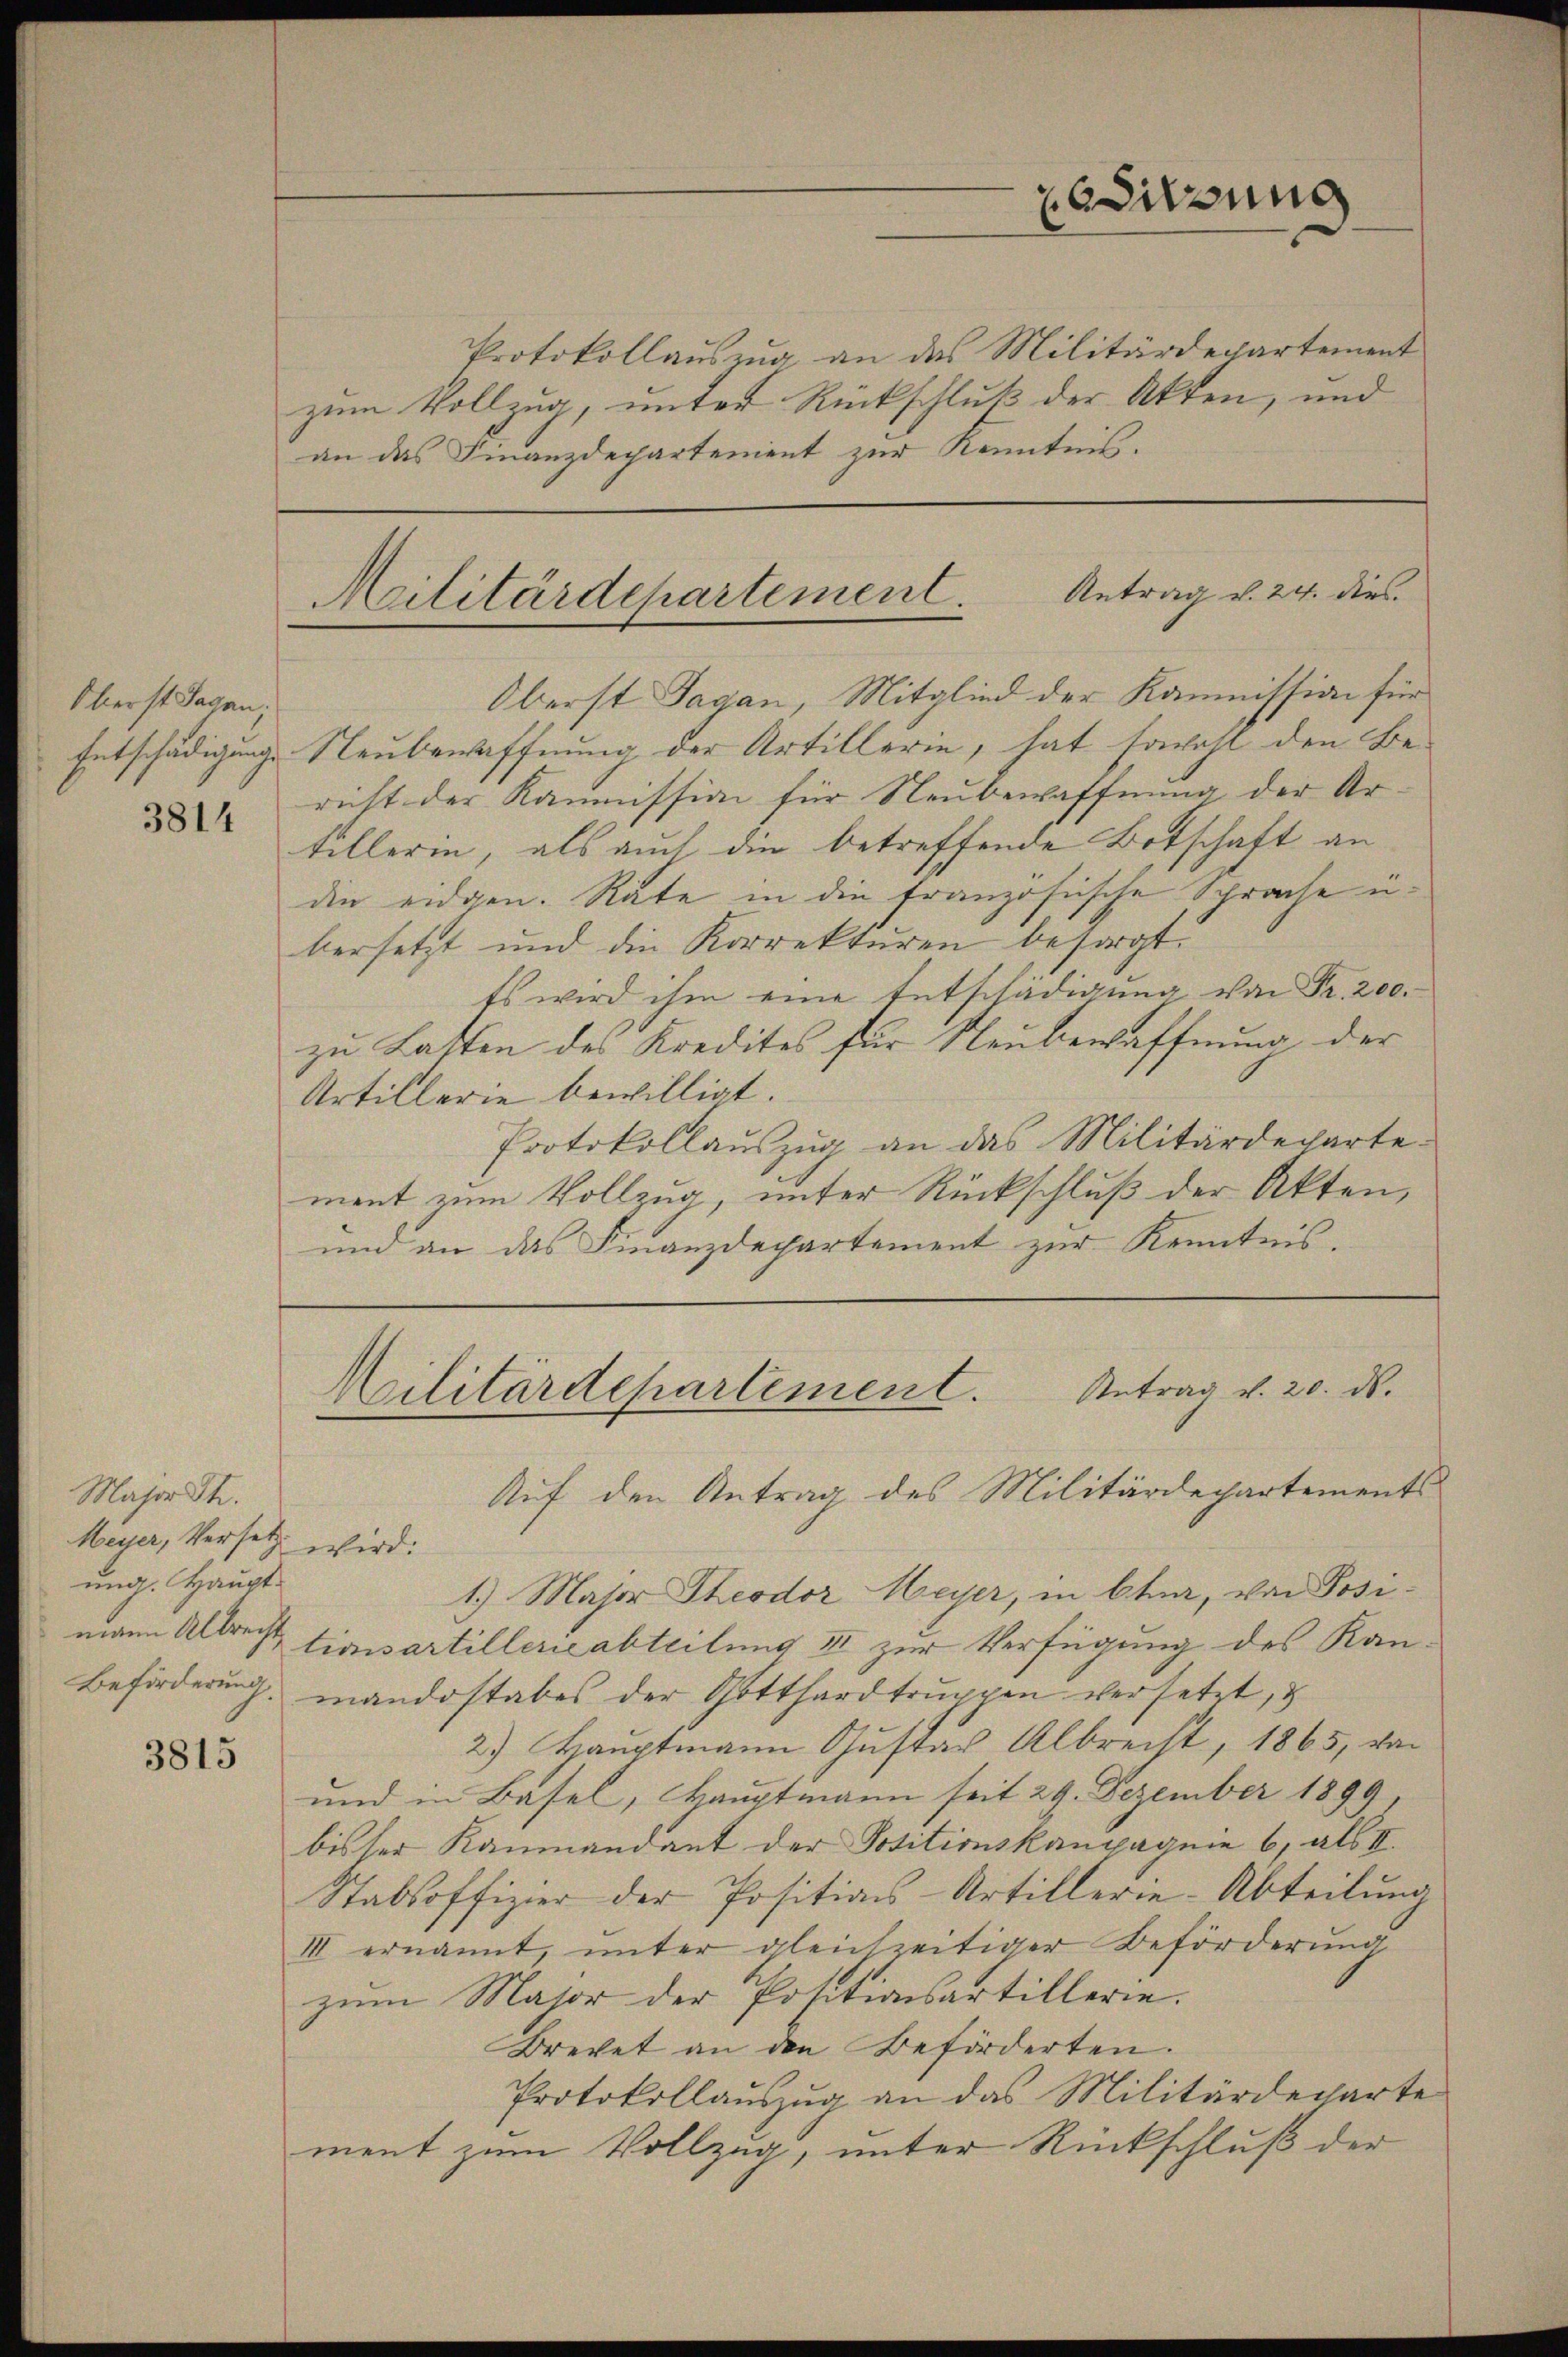
Oberst Jagan;
Entschädigungs

3814

Major dh.
Meyer, Versetz
ung. Haupt¬
Beförderung.

3815

Protokollauszug an das Militärdepartement
zum Vollzug, unter Rückschluß der Akten, und
an das Finanzdepartement zur Kenntnis.

Oberst Tagan, Mitglied der Kommission für
Neubewaffnung der Artillerin, hat sowohl den Be-
richt der Kommission für Neubewaffnung der Ar-
tillerin, als auch die betreffende Botschaft an
die eidgen. Rate in die französische Sprache u.
bersetzt und die Korrekturen besorgt.
Es wird ihm eine Entschädigŭng von Fr. 200.
zu Lasten des Kredites für Neubewaffnung der
Artillerie bewilligt.
Protokollaŭszŭg an das Militärdeparte.
ment zum Vollzug, unter Rückschluß der Akten,
und an das Finanzdepartement zur Kenntnis.
Militärdepartement. Antrag v. 20. ds.
Auf den Antrag des Militärdepartements
wird.
1.) Major Theodor Meyer, in Chur, von Posimann Albrecht timsartillerieabteilung II zur Verfügung des Kanmandostabes der Gotthardtruppen versetzt, u
2) Hauptmann Gustav Albrecht, 1865, von
und in Basel, Hauptmann seit 29. Dezember 1899,
bisser Raumandant der Positionskampagnie 6, als II.
Stabsoffizier der Positions-Artillerie-Abteilung
III ernannt, unter gleichzeitiger Beförderung
zum Major der Positionsartillerie.
Brevet an den Beförderten.
Protokollauszug an das Militärdecharte
ment zum Vollzug, unter Rückschluß der

esitzung

Militärdepartement. Antrag v. 24. dies